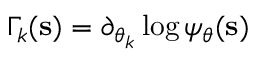
\Gamma _ { k } ( \mathbf { s } ) = \partial _ { { \boldsymbol \theta } _ { k } } \log \psi _ { \boldsymbol \theta } ( \mathbf { s } )